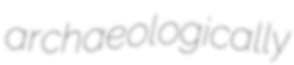
archaeologically